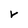
Character: V